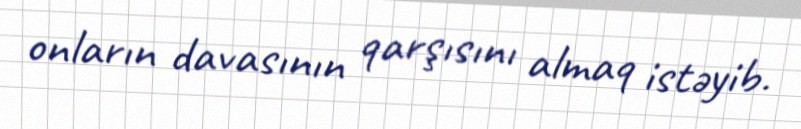
onların davasının qarşısını almaq istəyib.